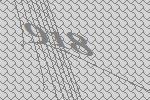
918